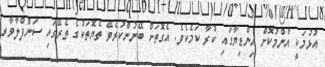
އުޅުމަކީ އާންމުކޮށް އިންޑިޔާގައި ކުރާ ކަމެކެވެ. އެގޮތަށް ބޭނުންކުރެވޭ ތެޔޮތަކުގެ ތެރޭގައި ސަންފްލާވާރ